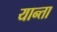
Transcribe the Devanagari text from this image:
यान्ता